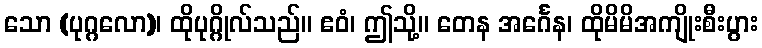
သော (ပုဂ္ဂလော)၊ ထိုပုဂ္ဂိုလ်သည်။ ဧဝံ၊ ဤသို့။ တေန အင်္ဂေန၊ ထိုမိမိအကျိုးစီးပွား